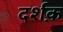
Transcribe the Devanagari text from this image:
दर्शक़